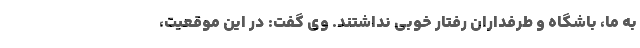
به ما، باشگاه و طرفداران رفتار خوبی نداشتند. وی گفت: در این موقعیت،